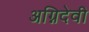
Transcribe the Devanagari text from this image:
अग्निदेवी